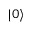
| 0 \rangle